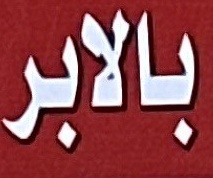
بالابر